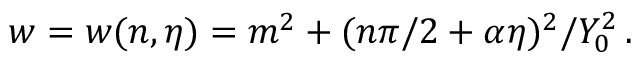
w = w ( n , \eta ) = m ^ { 2 } + ( n \pi / 2 + \alpha \eta ) ^ { 2 } / Y _ { 0 } ^ { 2 } \, .